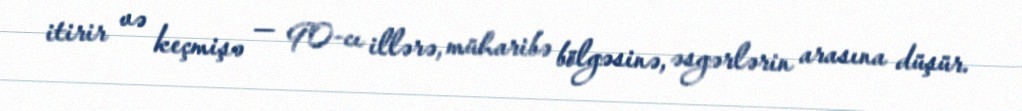
itirir və keçmişə — 90-cı illərə, müharibə bölgəsinə, əsgərlərin arasına düşür.